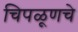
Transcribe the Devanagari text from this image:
चिपळूणचे